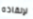
لإنقاذه